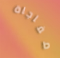
مفاجاة